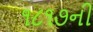
૧૮૧૭ની